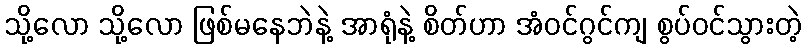
သို့လော သို့လော ဖြစ်မနေဘဲနဲ့ အာရုံနဲ့ စိတ်ဟာ အံဝင်ဂွင်ကျ စွပ်ဝင်သွားတဲ့